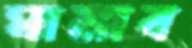
ঘামাব